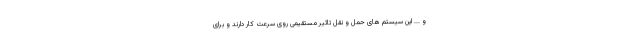
و ... این سیستم های حمل و نقل تاثیر مستقیمی روی سرعت کار دارند و برای